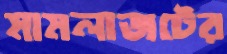
মামলাজটের